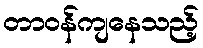
တာဝန်ကျနေသည့်